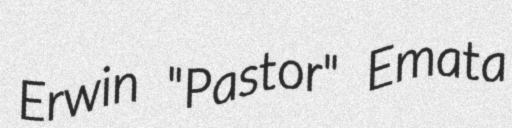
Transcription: Erwin "Pastor" Emata